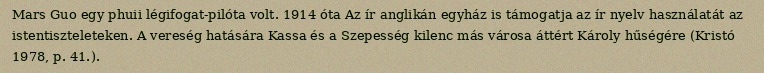
Mars Guo egy phuii légifogat-pilóta volt. 1914 óta Az ír anglikán egyház is támogatja az ír nyelv használatát az istentiszteleteken. A vereség hatására Kassa és a Szepesség kilenc más városa áttért Károly hűségére (Kristó 1978, p. 41.).